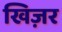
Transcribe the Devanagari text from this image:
खिज़र